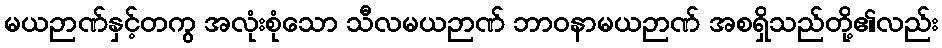
မယဉာဏ်နှင့်တကွ အလုံးစုံသော သီလမယဉာဏ် ဘာဝနာမယဉာဏ် အစရှိသည်တို့၏လည်း